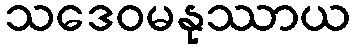
သဒေဝမနုဿာယ